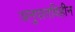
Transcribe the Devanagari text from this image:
अनुपातविहीन